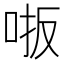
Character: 𫩾